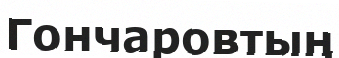
Гончаровтың